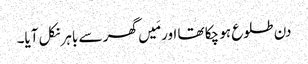
دن طلوع ہو چکا تھا اور مَیں گھر سے باہر نکل آیا۔